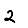
Digit: 2